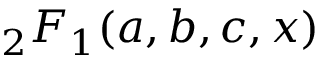
_ 2 F _ { 1 } ( a , b , c , x )